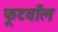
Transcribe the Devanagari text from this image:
फूटवाँल